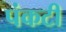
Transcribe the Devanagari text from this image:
पंकटी